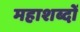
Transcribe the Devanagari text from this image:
महाशब्दों